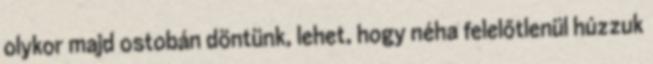
olykor majd ostobán döntünk, lehet, hogy néha felelőtlenül húzzuk